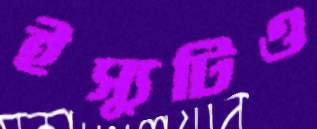
ইস্যুটিও